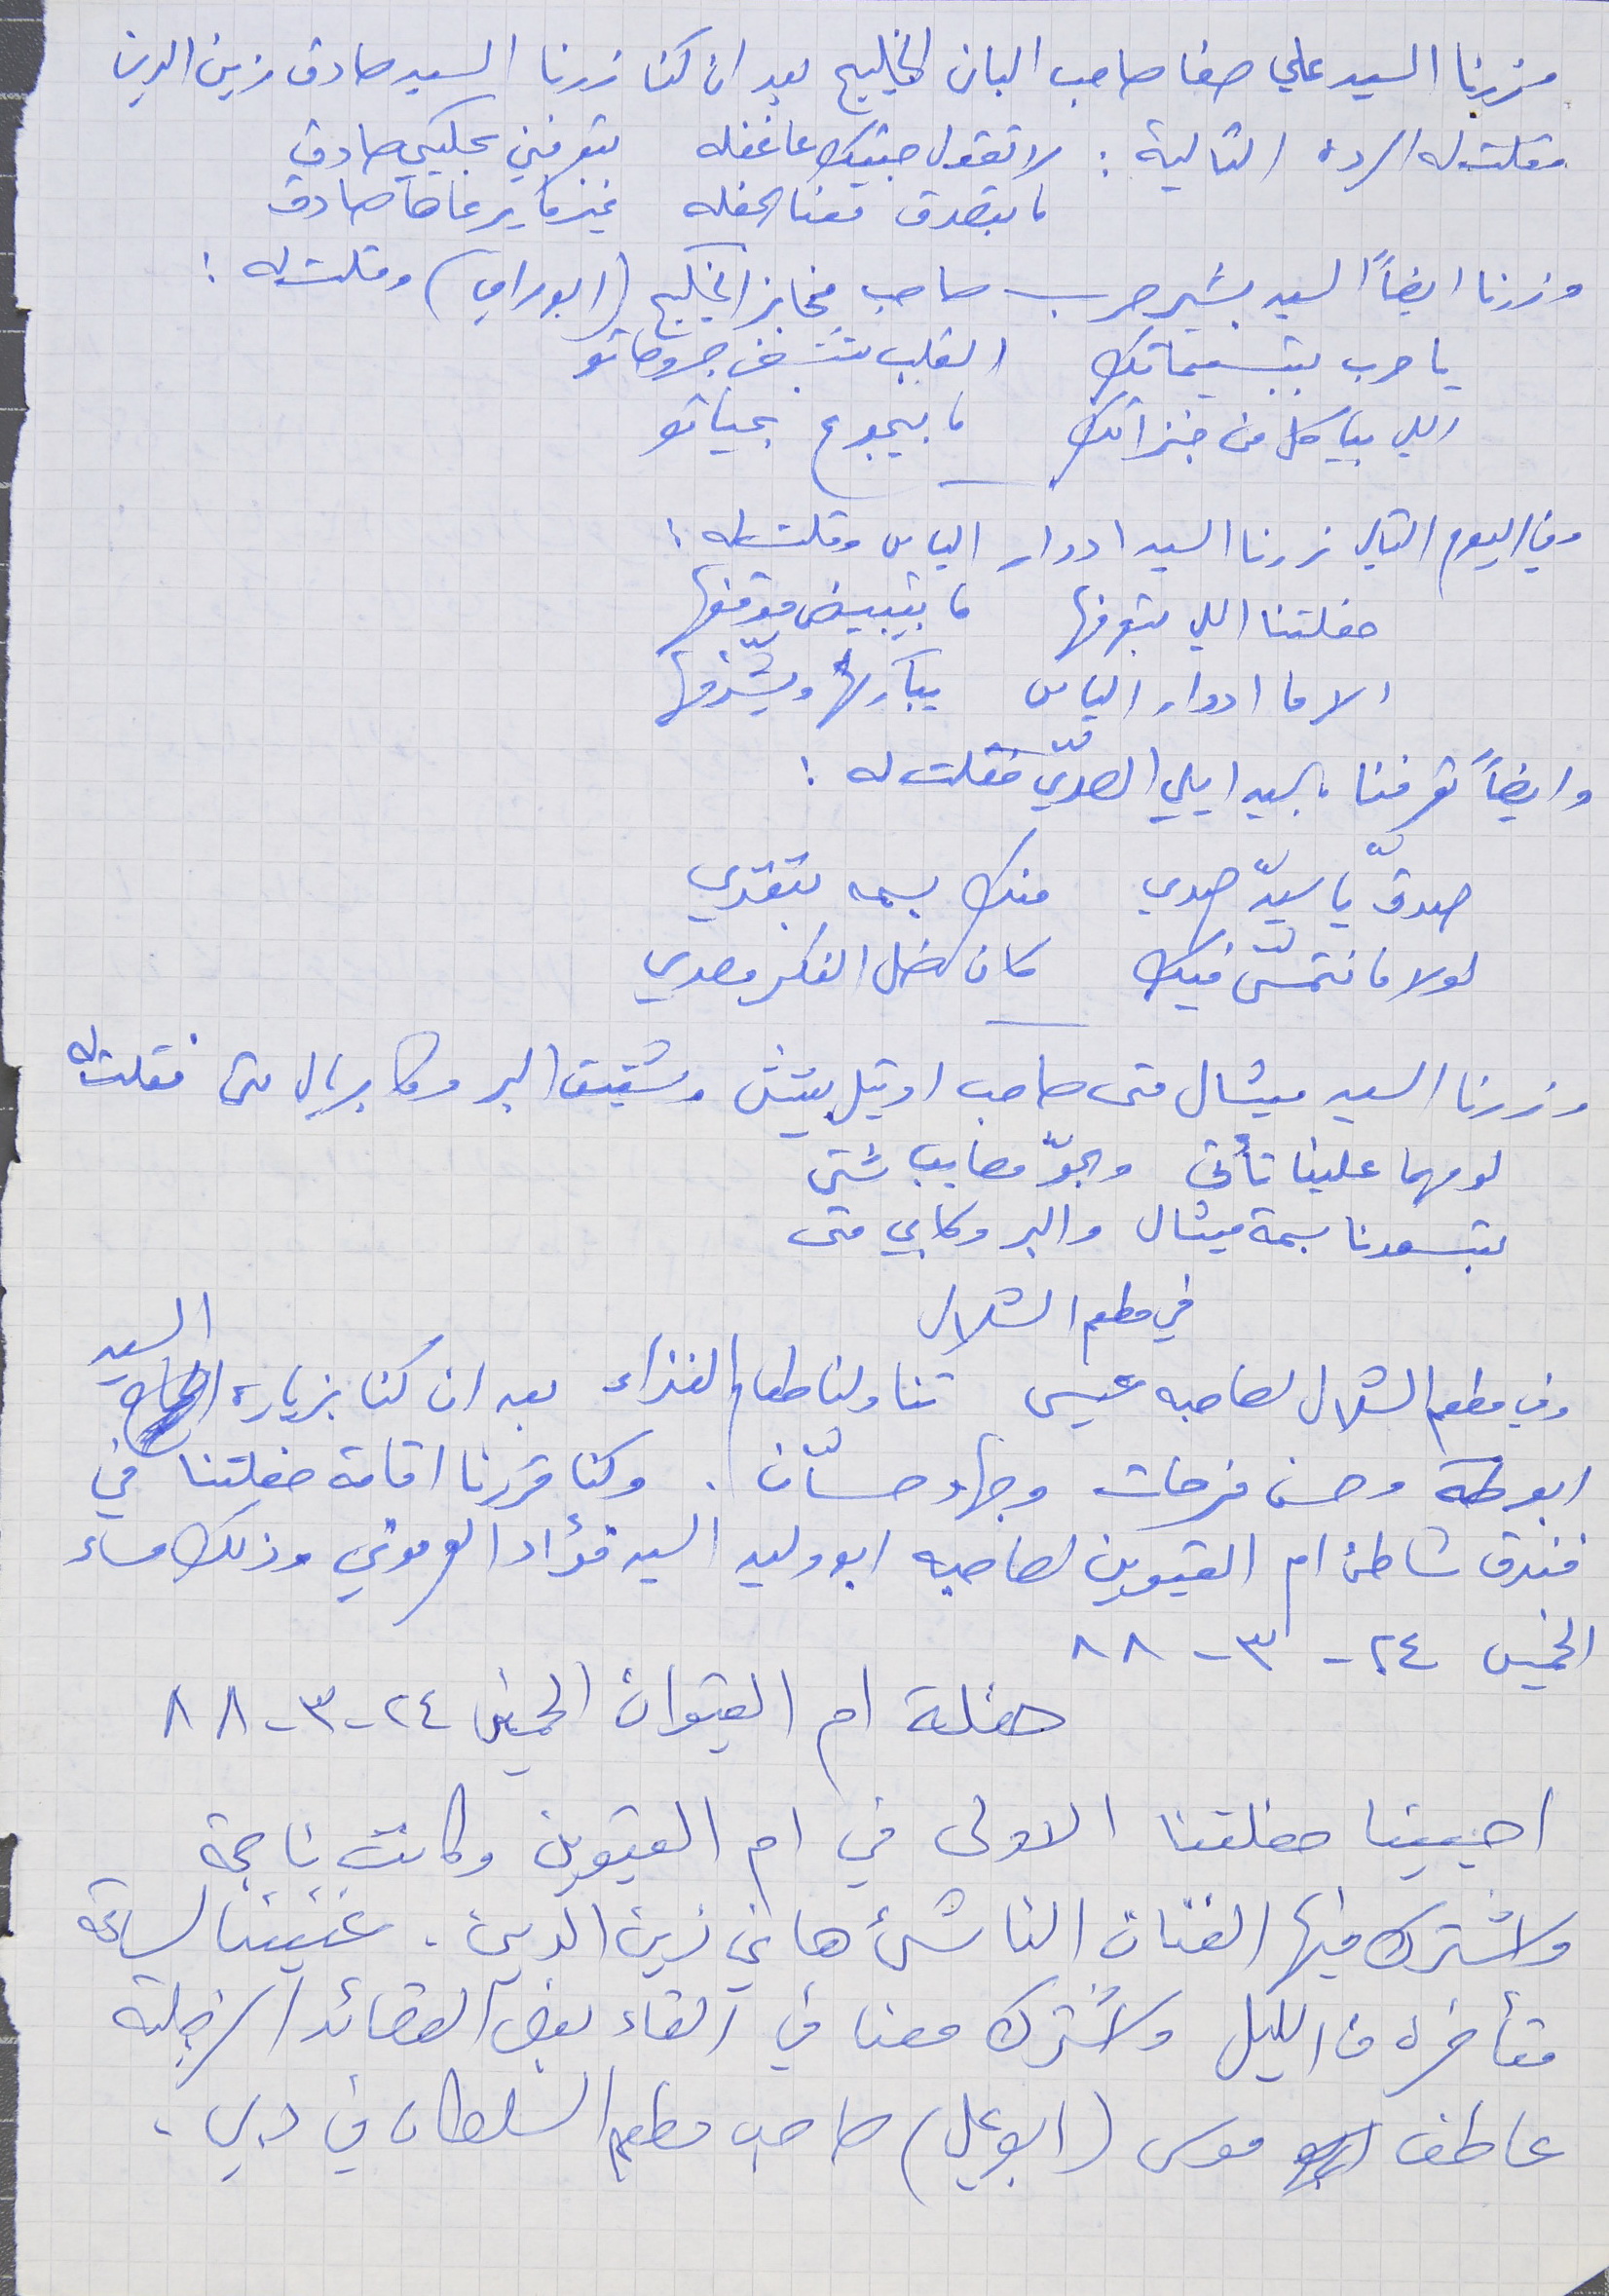
زرنا السيد علي صفا صاحب البان الخليج بعد ان كنا زرنا السيد صادق زين الدين
فقلت له الردة التالية : لا تقول جيتك عا غفله      بتعرفني بحكيي صادق
ما بتصدق معنا الحفله     غير ما يرعاها صادق
وزرنا ايضاً السيد بشير حرب صاحب مخابز الخليج (ابو راي) وقلت له :
يا حرب بتبسيماتك     القلب تشفى جروحاتو
اللي بياكل من خبزاتك ما بيجوع بحياتو
وفي اليوم التالي زرنا السيد ادوار الياس وقلت له :
 حفلتنا اللي بتعرفها      ما بيتبيض موقفها
الا ما ادوار الياس     يباركها ويشرّفها
وايضاً تعرفنا بالسيد ايلي الصدّي فقلت له :
 صدق يا سيدّ صدي      منك بسمه بتقدي
 لولا ما نتمسّى فيك      كان ضل الفكر مصدي
زرنا السيد ميشال متى صاحب اوتيل بيتش وشقيق البر وكابريال متى فقلت له
 لو مهما علينا تأتي      والجوّ مصايب شتى
 بتسعدنا بسمة ميشال      والبر وكابي متى
وفي مطعم الشلال لصاحبه عيسى تناولنا طعام الغذاء بعد ان كنا بزيارة السيد
ابو طه وحسن فرحات وجهاد حسّان . وكنا قررنا اقامة حفلتنا في
فندق شاطىء ام القيوين لصاحبه ابو وليد السيد فؤاد العرموني وذلك مساء
الخميس ٢٤ -٣- ٨٨
 حفلة ام القيوان الخميس ٢٤ - ٣ - ٨٨
احيينا حفلتنا الاولى في ام القيوين وكانت ناجحة
 واشترك فيها الفنان الناشئ هاني زين الدين. غنينا لساعة
متأخره من  الليل واشترك معنا في القاء بعض القصائد الزجلىة
عاطف موسى (ابو علي) صاحب مطعم السلطان في دبي .
في مطعم الشلال